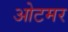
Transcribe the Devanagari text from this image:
ओटमर